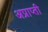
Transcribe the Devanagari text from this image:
अप्राप्ती